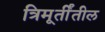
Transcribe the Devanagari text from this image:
त्रिमूर्तींतील